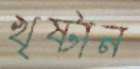
খৃষ্টান